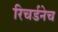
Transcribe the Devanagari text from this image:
रिचर्डनेच